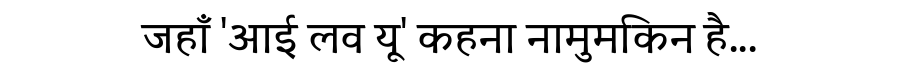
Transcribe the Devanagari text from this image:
जहाँ 'आई लव यू' कहना नामुमकिन है...